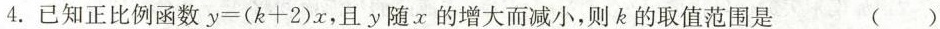
4.已知正比例函数$$y = ( k + 2 ) x$$，且y随x的增大而减小，则k的取值范围是 ( )